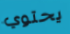
يحتوي